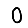
Digit: 0